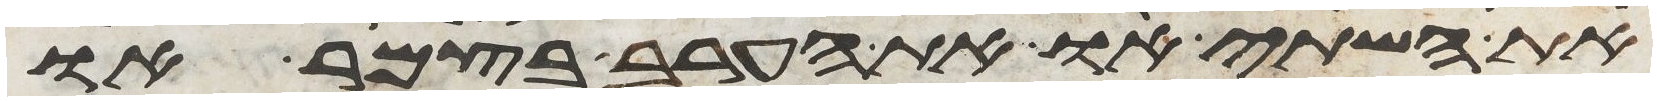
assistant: את השתי או את הערב בצמר או